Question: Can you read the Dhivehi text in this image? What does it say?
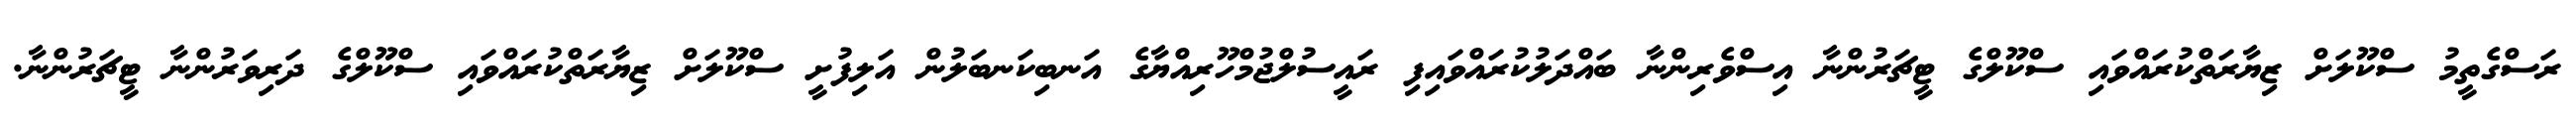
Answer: ރަސްގެތީމު ސްކޫލަށް ޒިޔާރަތްކުރައްވައި ސްކޫލްގެ ޓީޗަރުންނާ އިސްވެރިންނާ ބައްދަލުކުރައްވައިފި ރައީސުލްޖުމްހޫރިއްޔާގެ އަނބިކަނބަލުން އަލިފުށީ ސްކޫލަށް ޒިޔާރަތްކުރައްވައި ސްކޫލްގެ ދަރިވަރުންނާ ޓީޗަރުންނާ.